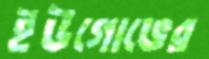
ইউগোভের